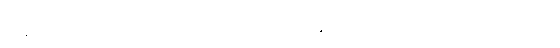
ကန့်ကွက်မည်ကို ဝင်ရတာ မိဘမျိုးစေ့ ဗြိတိသျှနိုင်ငံ သွားရောက်ဖွယ် ထားရှိမည်ဖြစ်